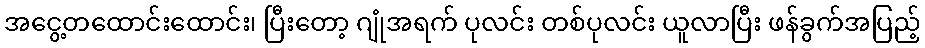
အငွေ့တထောင်းထောင်း၊ ပြီးတော့ ဂျုံအရက် ပုလင်း တစ်ပုလင်း ယူလာပြီး ဖန်ခွက်အပြည့်